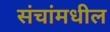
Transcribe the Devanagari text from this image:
संचांमधील